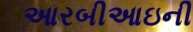
આરબીઆઇની